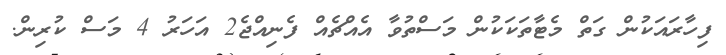
ފިހާރައަކުން ގަތް މެޓާތަކަކުން މަސްތުވާ އެއްޗެއް ފެނިއްޖެ2 އަހަރު 4 މަސް ކުރިން.